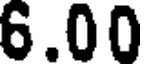
6.00